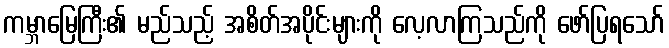
ကမ္ဘာမြေကြီး၏ မည်သည့် အစိတ်အပိုင်းများကို လေ့လာကြသည်ကို ဖော်ပြရသော်